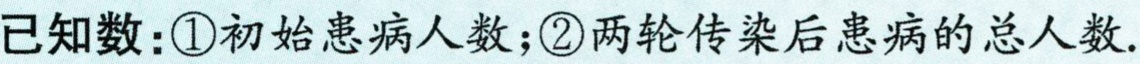
已知数:\textcircled{1}初始患病人数;\textcircled{2}两轮传染后患病的总人数.